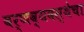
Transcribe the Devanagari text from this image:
वर्णव्यवस्थेचा